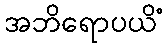
အဘိရောပယိံ